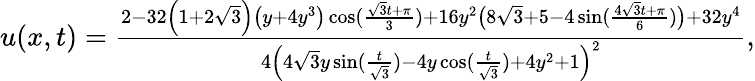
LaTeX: \begin{array}{r}{u(x,t)=\frac{2-32\left(1+2\sqrt{3}\right)\left(y+4y^{3}\right)\cos(\frac{\sqrt{3}t+\pi}{3})+16y^{2}\big(8\sqrt{3}+5-4\sin(\frac{4\sqrt{3}t+\pi}{6})\big)+32y^{4}}{4\Big(4\sqrt{3}y\sin(\frac{t}{\sqrt{3}})-4y\cos(\frac{t}{\sqrt{3}})+4y^{2}+1\Big)^{2}},}\end{array}